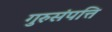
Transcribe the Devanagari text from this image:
गुरुसंपत्ति